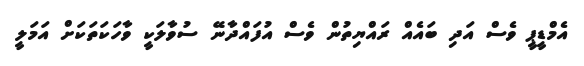
އެމްޑީޕީ ވެސް އަދި ބައެއް ރައްޔިތުން ވެސް އުފައްދާނޭ ސުވާލަކީ ވާހަކަތަކަށް އަމަލީ